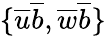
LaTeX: \{ \overline{{u}}\overline{{b}},\overline{{w}}\overline{{b}}\}